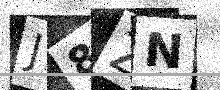
Text: J8ZN